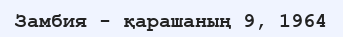
Замбия - қарашаның 9, 1964